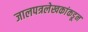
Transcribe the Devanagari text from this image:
जालपत्रलेखकांकडून